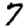
Digit: 7